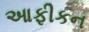
આફીકન